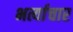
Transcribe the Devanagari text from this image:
भर्त्याचार